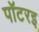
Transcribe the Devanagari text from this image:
पॉटरइ